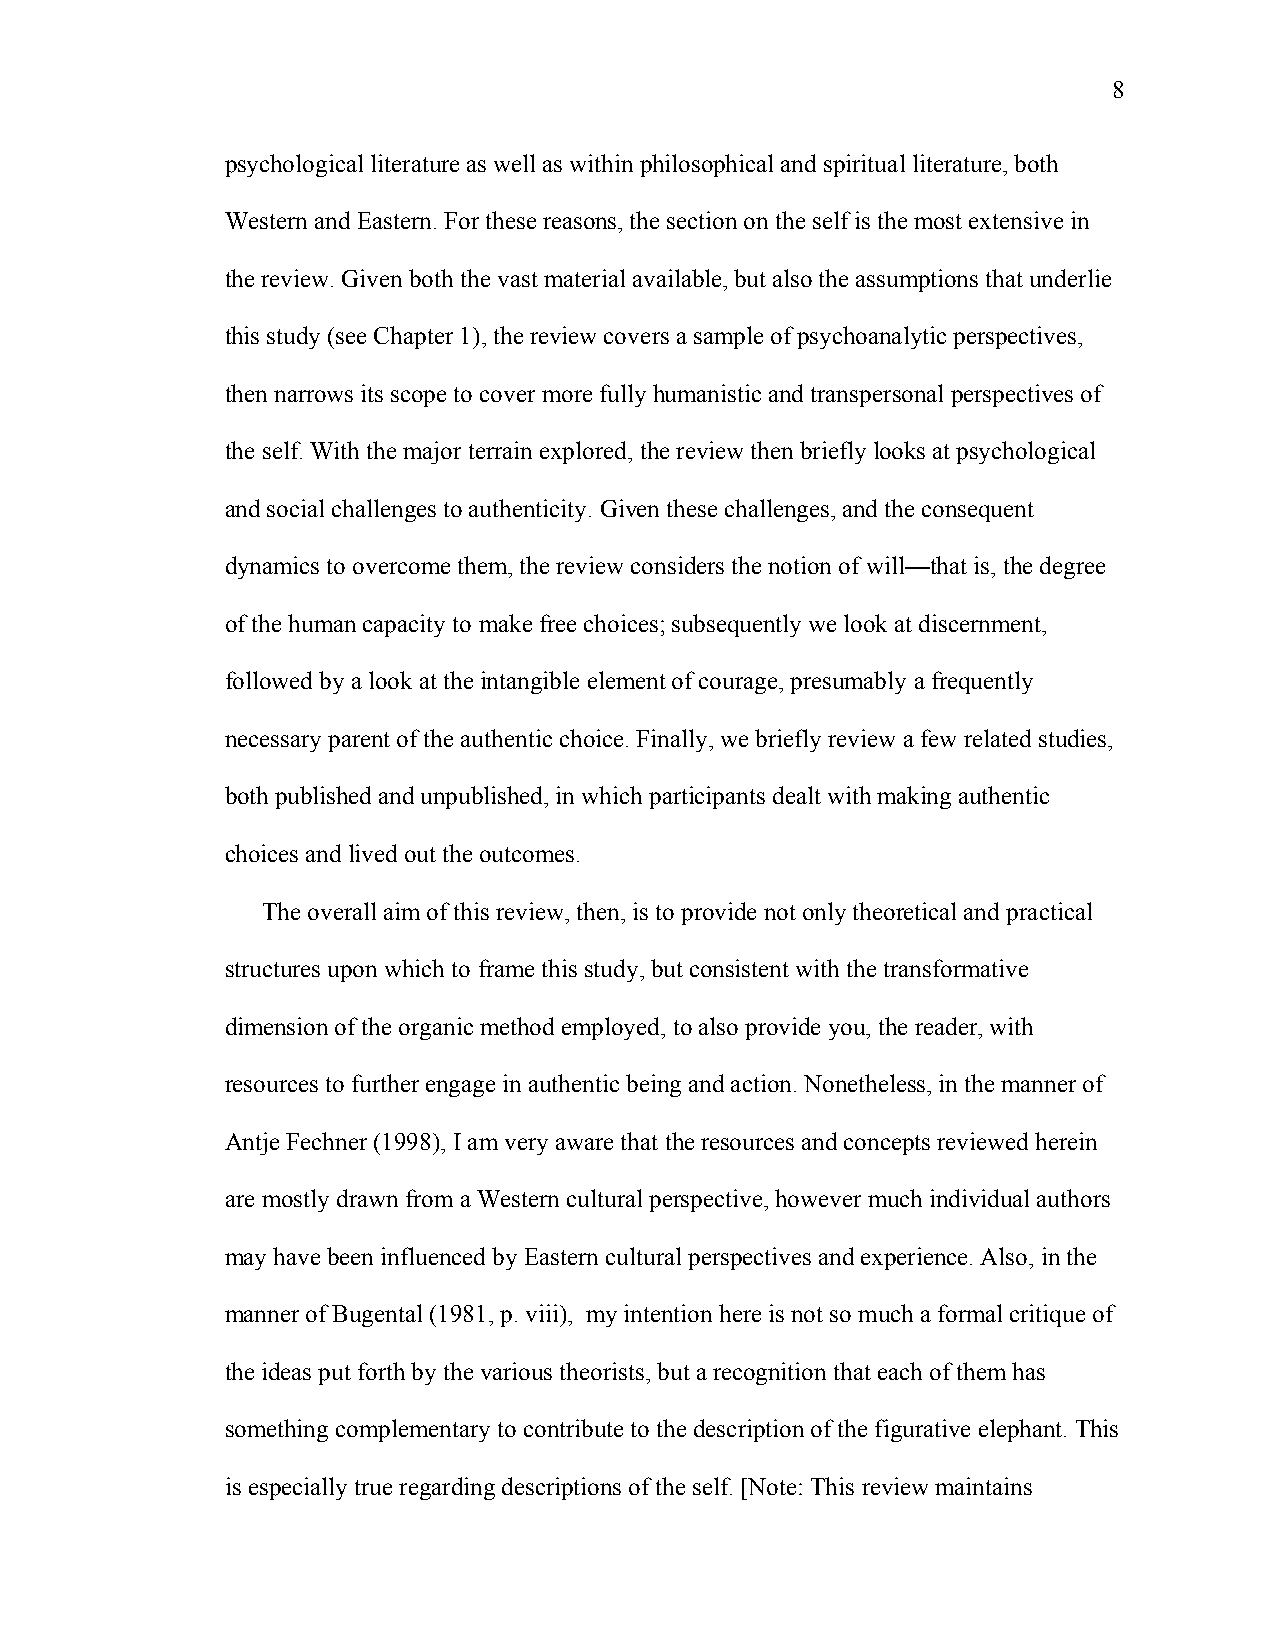
8
 psychological literature as well as within philosophical and spiritual literature, both
 Western and Eastern. For these reasons, the section on the self is the most extensive in
 the review. Given both the vast material available, but also the assumptions that underlie
 this study (see Chapter 1), the review covers a sample of psychoanalytic perspectives,
 then narrows its scope to cover more fully humanistic and transpersonal perspectives of
 the self. With the major terrain explored, the review then briefly looks at psychological
 and social challenges to authenticity. Given these challenges, and the consequent
 dynamics to overcome them, the review considers the notion of will—that is, the degree
 of the human capacity to make free choices; subsequently we look at discernment,
 followed by a look at the intangible element of courage, presumably a frequently
 necessary parent of the authentic choice. Finally, we briefly review a few related studies,
 both published and unpublished, in which participants dealt with making authentic
 choices and lived out the outcomes.
 The overall aim of this review, then, is to provide not only theoretical and practical
 structures upon which to frame this study, but consistent with the transformative
 dimension of the organic method employed, to also provide you, the reader, with
 resources to further engage in authentic being and action. Nonetheless, in the manner of
 Antje Fechner (1998), I am very aware that the resources and concepts reviewed herein
 are mostly drawn from a Western cultural perspective, however much individual authors
 may have been influenced by Eastern cultural perspectives and experience. Also, in the
 manner of Bugental (1981, p. viii), my intention here is not so much a formal critique of
 the ideas put forth by the various theorists, but a recognition that each of them has
 something complementary to contribute to the description of the figurative elephant. This
 is especially true regarding descriptions of the self. [Note: This review maintains